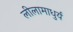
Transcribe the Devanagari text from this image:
लीलामाधुर्य